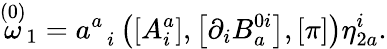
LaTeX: \stackrel{\left(0\right)}{\omega}_{1}=a_{\; \; i}^{a}\left(\left[A_{i}^{a}\right],\left[\partial_{i}B_{a}^{0i}\right],\left[\pi\right]\right)\eta_{2a}^{i}.